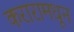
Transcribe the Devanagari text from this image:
करारामधून